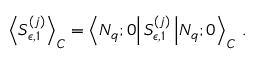
\left< S _ { \epsilon , 1 } ^ { ( j ) } \right> _ { C } = \left< N _ { q } ; 0 \right| S _ { \epsilon , 1 } ^ { ( j ) } \left| N _ { q } ; 0 \right> _ { C } \, .